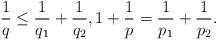
LaTeX: \begin{align*} \frac1q \leq\frac1{q_1}+\frac1{q_2}, 1 + \frac1p = \frac1{p_1} + \frac1{p_2}. \end{align*}